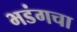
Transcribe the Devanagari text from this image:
भडंगचा